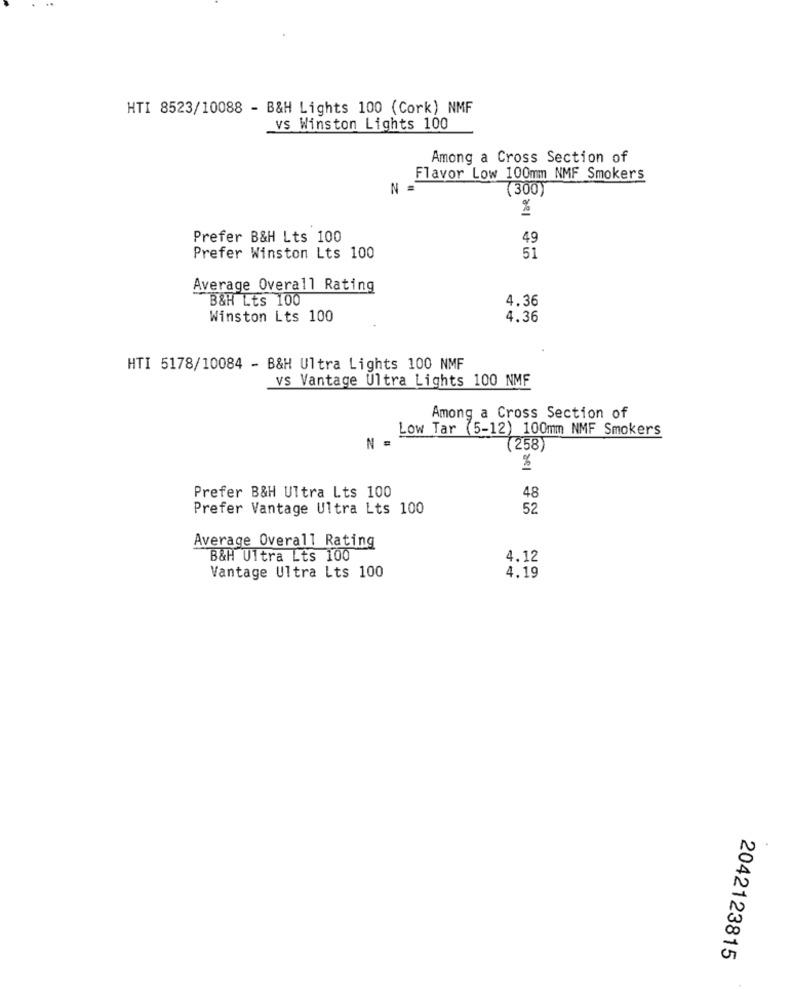
HTI 8523/10088 - B&H Lights 100 (Cork) NMF
_vs Winston Lights 100
Among a Cross Section of
Flavor Low 100mm NMF Smokers
N
(300)
%
Prefer B&H Lts 100
49
Prefer Winston Lts 100
51
Average Overall Rating
B&H Lts 100
4.36
Winston Lts 100
4.36
HTI 5178/10084 - B&H Ultra Lights 100 NMF
vs Vantage Ultra Lights 100 NMF
Among a Cross Section of
Low Tar (5-12) 100mm NMF Smokers
(258
%
Prefer B&H Ultra Lts 100
48
Prefer Vantage Ultra Lts 100
52
Average Overall Rating
B&H Ultra Lts 100
4.12
Vantage Ultra Lts 100
4.19
2042123815